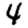
Digit: 4